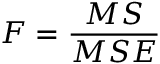
F = \frac { M S } { M S E }